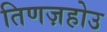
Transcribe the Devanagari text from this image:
तिणज़होउ